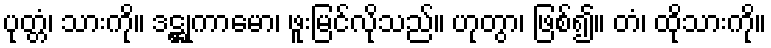
ပုတ္တံ၊ သားကို။ ဒဋ္ဌုကာမော၊ ဖူးမြင်လိုသည်။ ဟုတွာ၊ ဖြစ်၍။ တံ၊ ထိုသားကို။